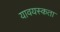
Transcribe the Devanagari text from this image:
यावयस्कता